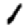
Digit: 1